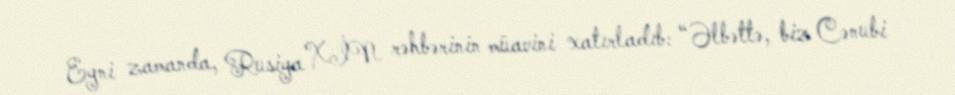
Eyni zamanda, Rusiya XİN rəhbərinin müavini xatırladıb: “Əlbəttə, biz Cənubi